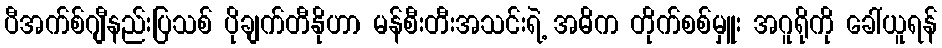
ပီအက်စ်ဂျီနည်းပြသစ် ပိုချက်တီနိုဟာ မန်စီးတီးအသင်းရဲ့ အဓိက တိုက်စစ်မှူး အဂူရိုကို ခေါ်ယူရန်